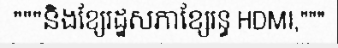
"""និងខ្សែរដ្ឋសភាខ្សែរន្ធ HDMI,"""